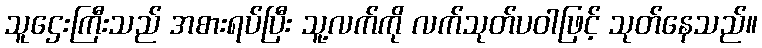
သူဌေးကြီးသည် အစားရပ်ပြီး သူ့လက်ကို လက်သုတ်ပဝါဖြင့် သုတ်နေသည်။